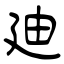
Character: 廸